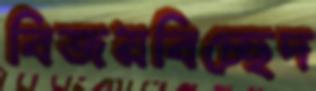
বিজয়বিচ্ছেদ